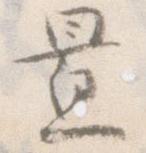
置